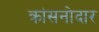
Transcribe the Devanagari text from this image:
क्रांसनोदार